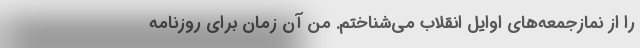
را از نمازجمعه‌های اوایل انقلاب می‌شناختم. من آن زمان برای روزنامه